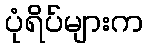
ပုံရိပ်များက